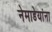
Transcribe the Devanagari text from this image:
नेमाडेयांना